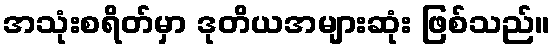
အသုံးစရိတ်မှာ ဒုတိယအများဆုံး ဖြစ်သည်။